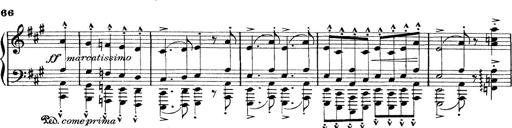
Title: Rapsodie: 19 ungheresi, 1 spagnuola
Composer: Franz Liszt